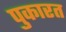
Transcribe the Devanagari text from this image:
पुकारत